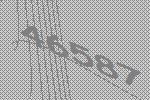
46587